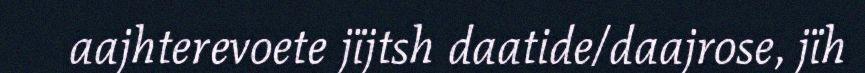
aajhterevoete jïjtsh daatide/daajrose, jïh